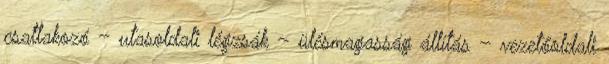
csatlakozó – utasoldali légzsák – ülésmagasság állítás – vezetőoldali